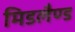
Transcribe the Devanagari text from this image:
मिडलैण्ड